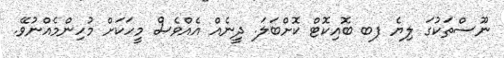
ނޫސްތަކުގަ ލިޔެ ފބ ބޮއިކޮޓް ކޮށްބަލަ. ދީނެއް އެއްވެސް މީހަކަށް މުހިންމެއްނުވޭ.